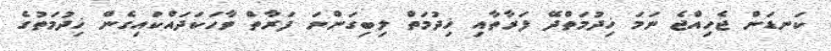
ކަނޑަން ޖެހިއްޖެ ނަމަ ޚިދުމަތްދޭ ފަރާތާއި ޚިދުމަތް ލިބިގަންނަ ފަރާތް ވާހަކަދައްކައިގެން ޚިދުމަތުގެ